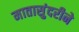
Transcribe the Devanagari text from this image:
मातासुंदरीने